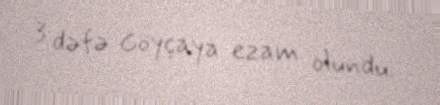
3 dəfə Göyçaya ezam olundu.